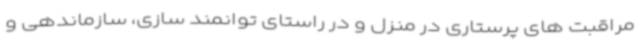
مراقبت های پرستاری در منزل و در راستای توانمند سازی، سازماندهی و